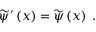
\begin{array} { r } { \widetilde { \psi } ^ { \prime } \left( \boldsymbol { x } \right) = \widetilde { \psi } \left( \boldsymbol { x } \right) \; . } \end{array}